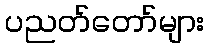
ပညတ်တော်များ